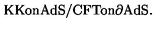
\mathrm { K K o n A d S } / \mathrm { C F T o n \partial A d S } .